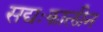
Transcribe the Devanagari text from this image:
सद्यःकालीन